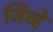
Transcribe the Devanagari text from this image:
जिव्हे